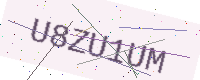
Text: U8ZU1UM